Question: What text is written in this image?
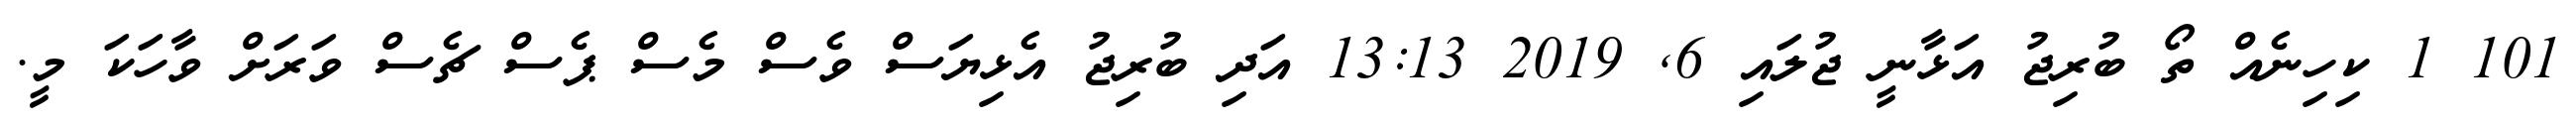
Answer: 101 1 ކިހިނެއް ތޯ ބުރިޖު އަޅާނީ ޖުލައި 6, 2019 13:13 އަދި ބުރިޖު އެޅިޔަސް ވެސް މެސް ޕެސް ޗެސް ވަރަށް ވާހަކަ މީ.